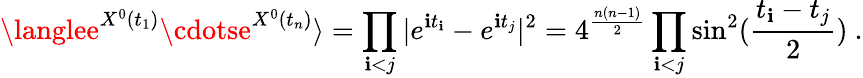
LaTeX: \langlee^{X^{0}(t_{1})}\cdotse^{X^{0}(t_{n})}\rangle=\prod_{\mathbf{i}<j}|e^{\mathbf{i}t_{\mathbf{i}}}-e^{\mathbf{i}t_{j}}|^{2}=4^{\frac{{n(n-1)}}{{2}}}\prod_{\mathbf{i}<j}\sin^{2}({\frac{{t_{\mathbf{i}}-t_{j}}}{{2}}})~.